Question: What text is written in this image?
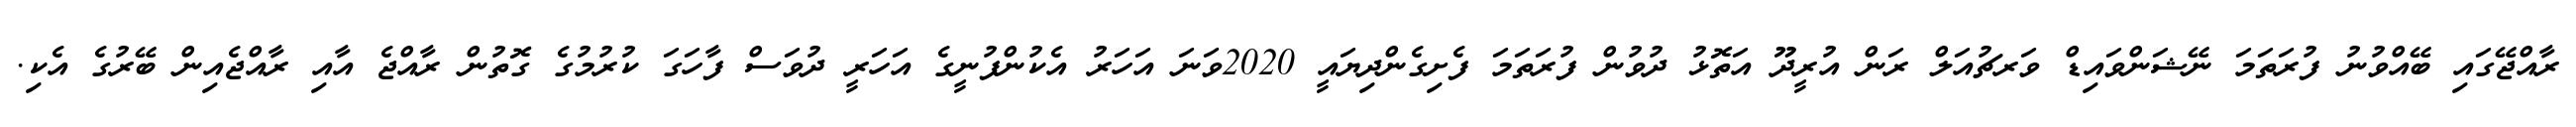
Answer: ރާއްޖޭގައި ބޭއްވުނު ފުރަތަމަ ނޭޝަންވައިޑް ވަރޗުއަލް ރަން އުރީދޫ އަތޮޅު ދުވުން ފުރަތަމަ ފެށިގެންދިޔައީ 2020ވަނަ އަހަރު އެކުންފުނީގެ އަހަރީ ދުވަސް ފާހަގަ ކުރުމުގެ ގޮތުން ރާއްޖެ އާއި ރާއްޖެއިން ބޭރުގެ އެކި.